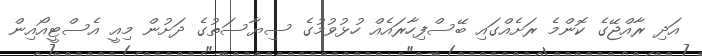
އަދި ރާއްޖޭގެ ކޮންމެ ރަށެއްގައި ބޭސްފިހާރައެއް ހުޅުވުމުގެ ސިޔާސަތުގެ ދަށުން މިއީ އެސްޓީއޯއިން